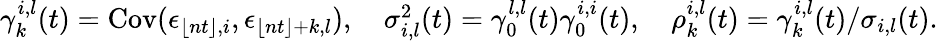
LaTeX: \begin{array}{r}{\gamma_{k}^{i,l}(t)=\mathrm{Cov}(\epsilon_{\lfloor nt\rfloor,i},\epsilon_{\lfloor nt\rfloor+k,l}),\quad\sigma_{i,l}^{2}(t)=\gamma_{0}^{l,l}(t)\gamma_{0}^{i,i}(t),\quad\rho_{k}^{i,l}(t)=\gamma_{k}^{i,l}(t)/\sigma_{i,l}(t).}\end{array}